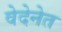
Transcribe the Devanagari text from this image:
वेदेनेत